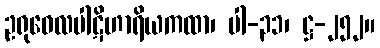
ဥရုဝေလပါဋိဟာရိယကထာ၊ ပါ-၃၁၊ ဋ္ဌ-၂၅၂။